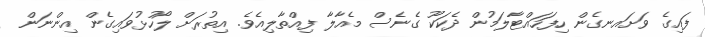
ފައިގެ ވަށައނގެން ހިފަހައްޓާލަމުން ދެކަކޫ ގެނެސް މެއާލާ ފިއްތާލިއެވެ. އިތުރަށް ލޯހުޅުވައިގެން އިންނަން